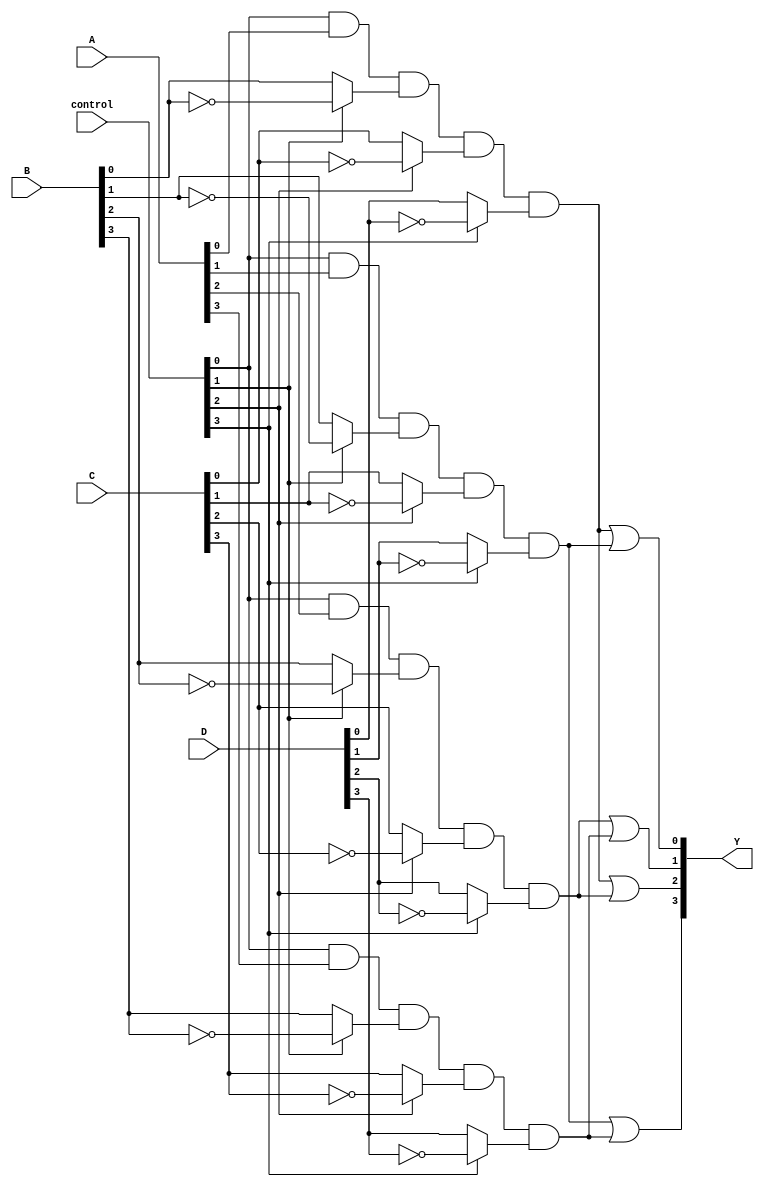
module PLA (
    input wire [3:0] A,     // 4 input signals
    input wire [3:0] B,     // 4 input signals
    input wire [3:0] C,     // 4 input signals
    input wire [3:0] D,     // 4 input signals
    input wire [3:0] control, // Control signals for programmability
    output wire [3:0] Y      // 4 output signals
);

// Internal wires for product terms
wire [7:0] product_terms; // Assuming maximum of 8 product terms

// AND Plane
assign product_terms[0] = (control[0] & A[0]) & (control[1] ? ~B[0] : B[0]) & (control[2] ? ~C[0] : C[0]) & (control[3] ? ~D[0] : D[0]);
assign product_terms[1] = (control[0] & A[1]) & (control[1] ? ~B[1] : B[1]) & (control[2] ? ~C[1] : C[1]) & (control[3] ? ~D[1] : D[1]);
assign product_terms[2] = (control[0] & A[2]) & (control[1] ? ~B[2] : B[2]) & (control[2] ? ~C[2] : C[2]) & (control[3] ? ~D[2] : D[2]);
assign product_terms[3] = (control[0] & A[3]) & (control[1] ? ~B[3] : B[3]) & (control[2] ? ~C[3] : C[3]) & (control[3] ? ~D[3] : D[3]);
// Add more product terms as needed

// OR Plane
assign Y[0] = product_terms[0] | product_terms[1]; // Example output logic
assign Y[1] = product_terms[2] | product_terms[3]; // Example output logic
assign Y[2] = product_terms[0] | product_terms[2]; // Example output logic
assign Y[3] = product_terms[1] | product_terms[3]; // Example output logic

endmodule